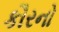
કૌરનો